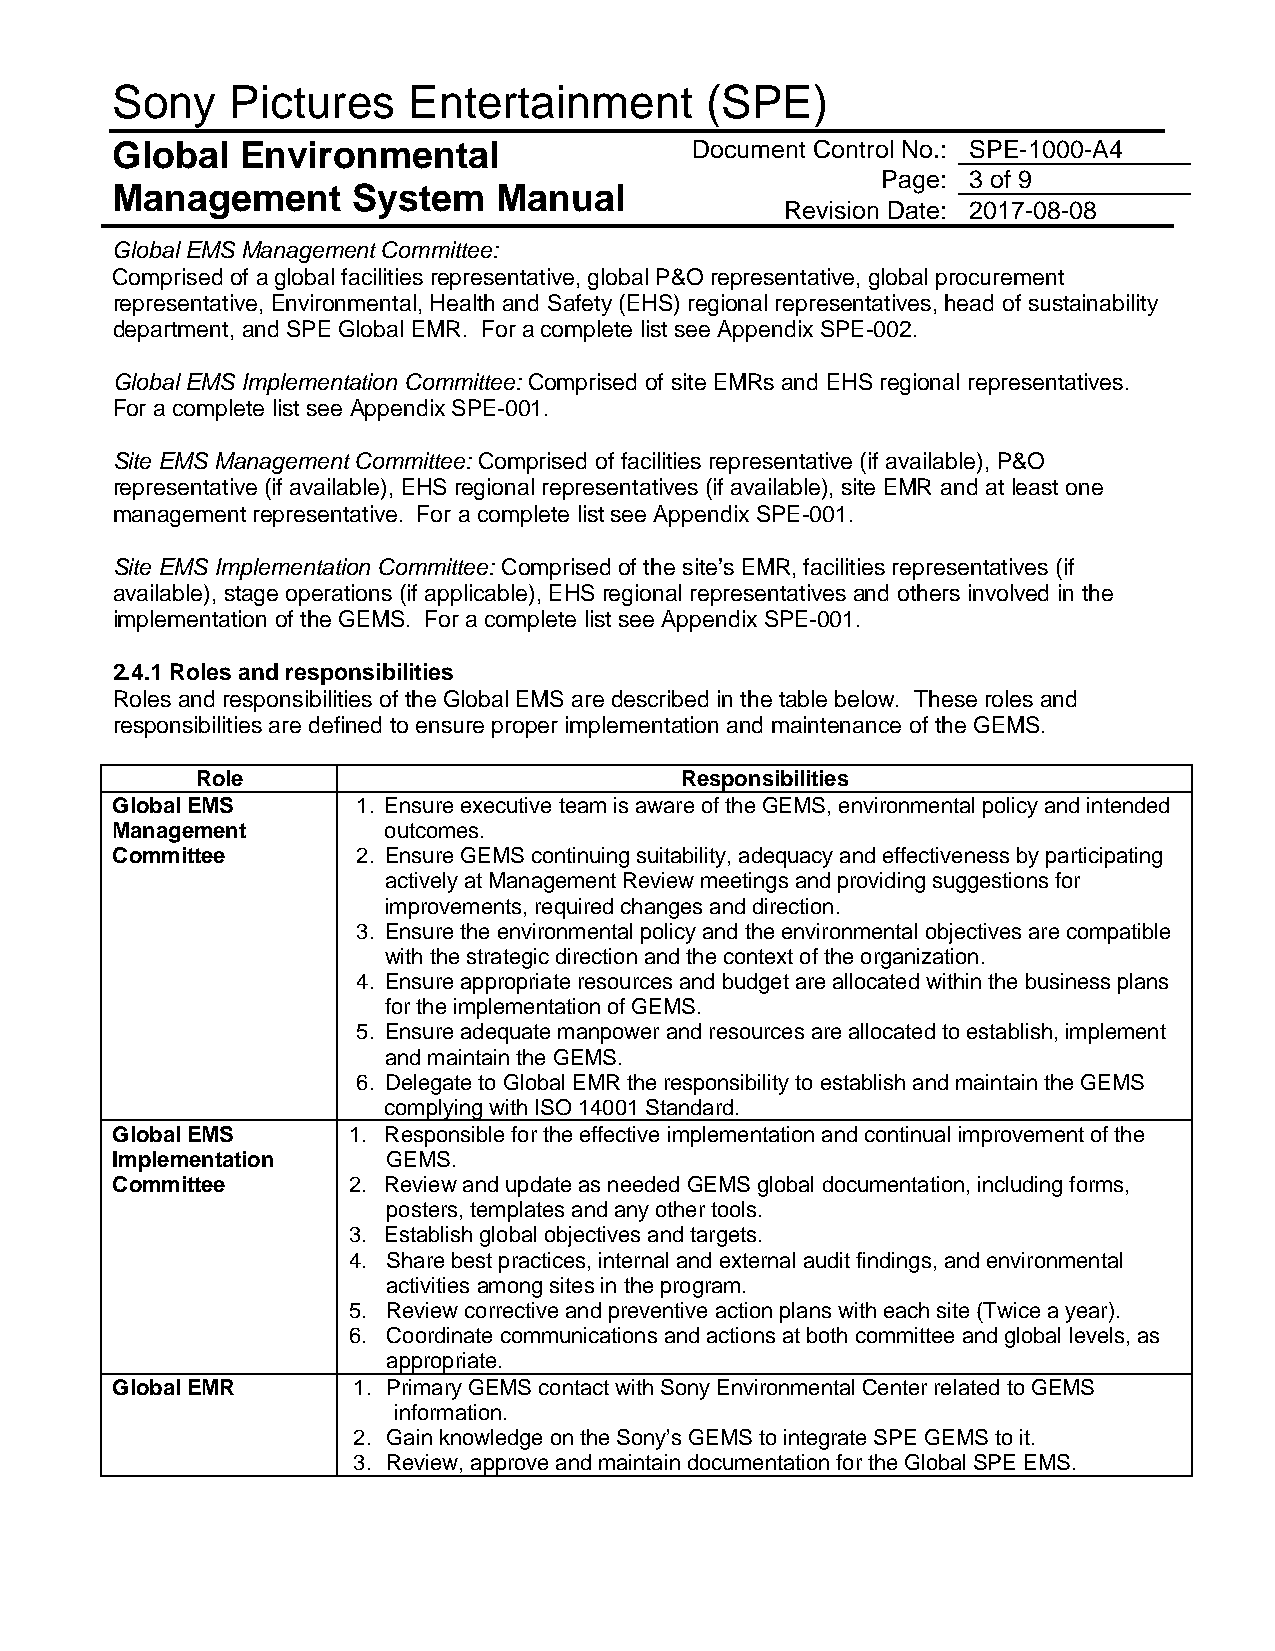
Sony    Pictures    Entertainment       (SPE)
 Global   Environmental                 Document Control No.: SPE-1000-A4
 Page: 3 of 9
 Management      System    Manual
 Revision Date: 2017-08-08
 Global EMS Management Committee:
 Comprised of a global facilities representative, global P&O representative, global procurement
 representative, Environmental, Health and Safety (EHS) regional representatives, head of sustainability
 department, and SPE Global EMR. For a complete list see Appendix SPE-002.
 Global EMS Implementation Committee: Comprised of site EMRs and EHS regional representatives.
 For a complete list see Appendix SPE-001.
 Site EMS Management Committee: Comprised of facilities representative (if available), P&O
 representative (if available), EHS regional representatives (if available), site EMR and at least one
 management representative. For a complete list see Appendix SPE-001.
 Site EMS Implementation Committee: Comprised of the site’s EMR, facilities representatives (if
 available), stage operations (if applicable), EHS regional representatives and others involved in the
 implementation of the GEMS. For a complete list see Appendix SPE-001.
 2.4.1 Roles and responsibilities
 Roles and responsibilities of the Global EMS are described in the table below. These roles and
 responsibilities are defined to ensure proper implementation and maintenance of the GEMS.
 Role                            Responsibilities
 Global EMS       1. Ensure executive team is aware of the GEMS, environmental policy and intended
 Management        outcomes.
 Committee        2. Ensure GEMS continuing suitability, adequacy and effectiveness by participating
 actively at Management Review meetings and providing suggestions for
 improvements, required changes and direction.
 3. Ensure the environmental policy and the environmental objectives are compatible
 with the strategic direction and the context of the organization.
 4. Ensure appropriate resources and budget are allocated within the business plans
 for the implementation of GEMS.
 5. Ensure adequate manpower and resources are allocated to establish, implement
 and maintain the GEMS.
 6. Delegate to Global EMR the responsibility to establish and maintain the GEMS
 complying with ISO 14001 Standard.
 Global EMS      1. Responsible for the effective implementation and continual improvement of the
 Implementation     GEMS.
 Committee       2. Review and update as needed GEMS global documentation, including forms,
 posters, templates and any other tools.
 3. Establish global objectives and targets.
 4. Share best practices, internal and external audit findings, and environmental
 activities among sites in the program.
 5. Review corrective and preventive action plans with each site (Twice a year).
 6. Coordinate communications and actions at both committee and global levels, as
 appropriate.
 Global EMR      1. Primary GEMS contact with Sony Environmental Center related to GEMS
 information.
 2. Gain knowledge on the Sony’s GEMS to integrate SPE GEMS to it.
 3. Review, approve and maintain documentation for the Global SPE EMS.